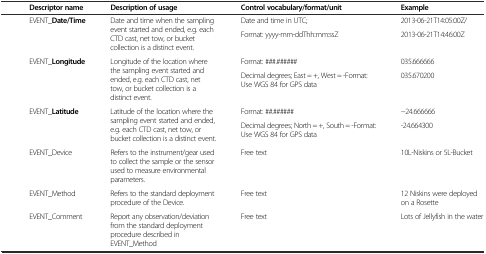
<table><thead><tr><td><b> </b></td><td><b>Descriptor name</b></td><td><b>Description of usage</b></td><td><b>Control vocabulary/format/unit</b></td><td><b>Example</b></td></tr></thead><tbody><tr><td rowspan="9"> </td><td rowspan="2">EVENT_<b>Date/Time</b></td><td rowspan="2">Date and time when the sampling event started and ended, e.g. each CTD cast, net tow, or bucket collection is a distinct event.</td><td>Date and time in UTC;</td><td>2013-06-21T14:05:00Z/</td></tr><tr><td>Format: yyyy-mm-ddThh:mm:ssZ</td><td>2013-06-21T14:46:00Z</td></tr><tr><td rowspan="2">EVENT_<b>Longitude</b></td><td rowspan="2">Longitude of the location where the sampling event started and ended, e.g. each CTD cast, net tow, or bucket collection is a distinct event.</td><td>Format: ###.######</td><td>035.666666</td></tr><tr><td>Decimal degrees; East = +, West = -Format: Use WGS 84 for GPS data</td><td>035.670200</td></tr><tr><td rowspan="2">EVENT_<b>Latitude</b></td><td rowspan="2">Latitude of the location where the sampling event started and ended, e.g. each CTD cast, net tow, or bucket collection is a distinct event.</td><td>Format: ##.######</td><td>−24.666666</td></tr><tr><td>Decimal degrees; North = +, South = -Format: Use WGS 84 for GPS data</td><td>-24.664300</td></tr><tr><td>EVENT_Device</td><td>Refers to the instrument/gear used to collect the sample or the sensor used to measure environmental parameters.</td><td>Free text</td><td>10L-Niskins or 5L-Bucket</td></tr><tr><td>EVENT_Method</td><td>Refers to the standard deployment procedure of the Device.</td><td>Free text</td><td>12 Niskins were deployed on a Rosette</td></tr><tr><td>EVENT_Comment</td><td>Report any observation/deviation from the standard deployment procedure described in EVENT_Method</td><td>Free text</td><td>Lots of Jellyfish in the water</td></tr></tbody></table>